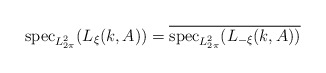
\begin{align*}{\rm spec}_{L^2_{2\pi}}(L_\xi(k,A))=\overline{{\rm spec}_{L^2_{2\pi}}(L_{-\xi}(k,A))}\end{align*}